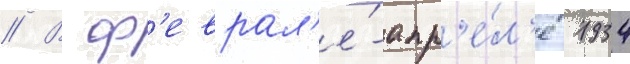
// В ф'еврал'е́-апр'е́л'е 1934